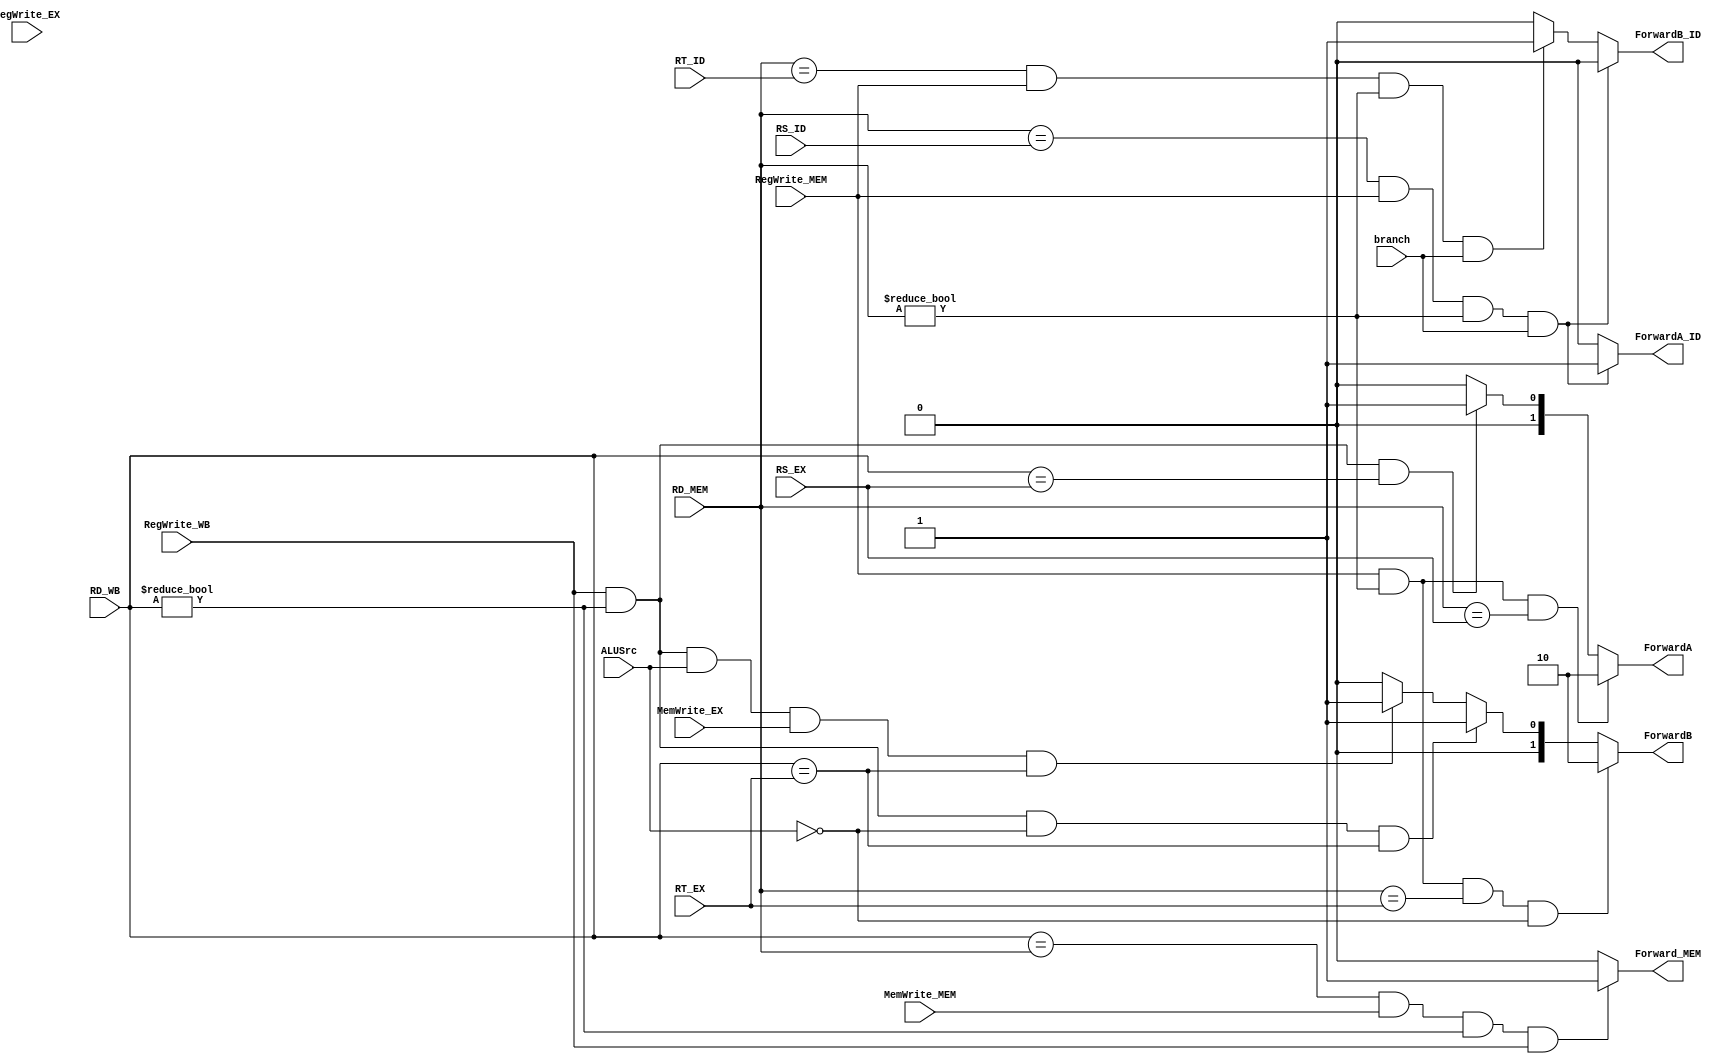
`timescale 1ns / 1ps
//////////////////////////////////////////////////////////////////////////////////
// Company: 
// Engineer: 
// 
// Design Name: 
// Module Name: ForwardingUnit
// Project Name: 
// Target Devices: 
// Tool Versions: 
// Description: 
// 
// Dependencies: 
// 
// Revision:
// Revision 0.01 - File Created
// Additional Comments:
// 
//////////////////////////////////////////////////////////////////////////////////

/*
    1a. EX/MEM.RegisterRd = ID/EX.RegisterRs
    1b. EX/MEM.RegisterRd = ID/EX.RegisterRt
    2a. MEM/WB.RegisterRd = ID/EX.RegisterRs
    2b. MEM/WB.RegisterRd = ID/EX.RegisterRt
    
    //EX
    
    if (EX/MEM.RegWrite
    and (EX/MEM.RegisterRd ? 0)
    and (EX/MEM.RegisterRd = ID/EX.RegisterRs)) ForwardA = 10
     
    if (EX/MEM.RegWrite
    and (EX/MEM.RegisterRd ? 0)
    and (EX/MEM.RegisterRd = ID/EX.RegisterRt)) ForwardB = 10

    //MEM
    
    if (MEM/WB.RegWrite
    and (MEM/WB.RegisterRd =?  0)
    and (MEM/WB.RegisterRd = ID/EX.RegisterRs)) ForwardA = 01
     
    if (MEM/WB.RegWrite
    and (MEM/WB.RegisterRd =?  0)
    and (MEM/WB.RegisterRd = ID/EX.RegisterRt)) ForwardB = 01


*/
module ForwardingUnitEX(RD_MEM,RS_EX,RD_WB,RT_EX,RegWrite_EX,RegWrite_WB,ForwardA,ForwardB,RegWrite_MEM,ForwardA_ID,ForwardB_ID,RT_ID,RS_ID,MemWrite_MEM,Forward_MEM,branch,ALUSrc,MemWrite_EX);//,Clk);

        input [4:0] RD_MEM;
        input [4:0] RS_EX;
        input [4:0] RD_WB;
        input [4:0] RT_EX;
        input RegWrite_EX;
        input RegWrite_WB;
        input RegWrite_MEM;
        input [4:0] RT_ID;
        input [4:0] RS_ID;
        input MemWrite_MEM;
        input branch;
        input ALUSrc;
        input MemWrite_EX;
       // input Clk;
        output reg [1:0] ForwardA;
        output reg [1:0] ForwardB;
        output reg ForwardA_ID;
        output reg ForwardB_ID;
        output reg Forward_MEM;
        
        initial begin
                    ForwardA <= 2'b00;
                    ForwardB <= 2'b00;
                    ForwardA_ID <= 0;
                    ForwardB_ID <= 0;
                    Forward_MEM <= 0;
        end
        
        
  
     
        
    always @(*) begin 
                         ForwardA <= 2'b00; //if rd_mem == rt_ex
                        ForwardB <= 2'b00;
                        ForwardA_ID <= 0;
                        ForwardB_ID <= 0;
                        Forward_MEM <= 0;
                        
          if (RegWrite_MEM
          && (RD_MEM != 0)
          && (RD_MEM == RS_EX)) begin 
            ForwardA <= 2'b10;
          end
          
          else if (RegWrite_WB //wb -> ex
                   && (RD_WB !=  0)
                   && (RD_WB == RS_EX))begin //&& ~(RegWrite_MEM || (RD_MEM != 0) || (RD_MEM != RS_EX))) begin 
                     ForwardA <= 2'b01;
           end
           
           
          if ((RegWrite_MEM == 1) && (RD_MEM != 0) && (RD_MEM == RT_EX) && ~ALUSrc) begin
            ForwardB <= 2'b10;
          end
           
          else if (RegWrite_WB
          && (RD_WB !=  0) && ~ALUSrc
          && (RD_WB == RT_EX)) begin//&& (~(RegWrite_MEM && (RD_MEM != 0) && (RD_MEM != RT_EX)))) begin 
            ForwardB <= 2'b01;
          end
          
          else if (RegWrite_WB
            && (RD_WB !=  0) && ALUSrc && MemWrite_EX 
            && (RD_WB == RT_EX)) begin//&& (~(RegWrite_MEM && (RD_MEM != 0) && (RD_MEM != RT_EX)))) begin 
              ForwardB <= 2'b01;
            end
            
          if ((RD_MEM == RS_ID) && (RegWrite_MEM)//might need additional logic
          && (RD_MEM != 0) && branch ) begin
          ForwardA_ID <= 1;
          end
          
          else if ((RD_MEM == RT_ID) && (RegWrite_MEM)
           && (RD_MEM != 0) && branch ) begin
           ForwardB_ID <= 1;
           end
           
           if ((RD_WB == RD_MEM) && (MemWrite_MEM == 1)
           && (RD_WB != 0) && RegWrite_WB ) begin
           Forward_MEM <= 1;
           end
          
          end

endmodule